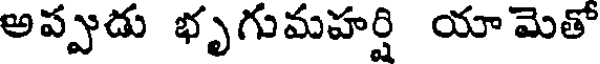
అప్పుడు భృగుమహర్షి యామెతో